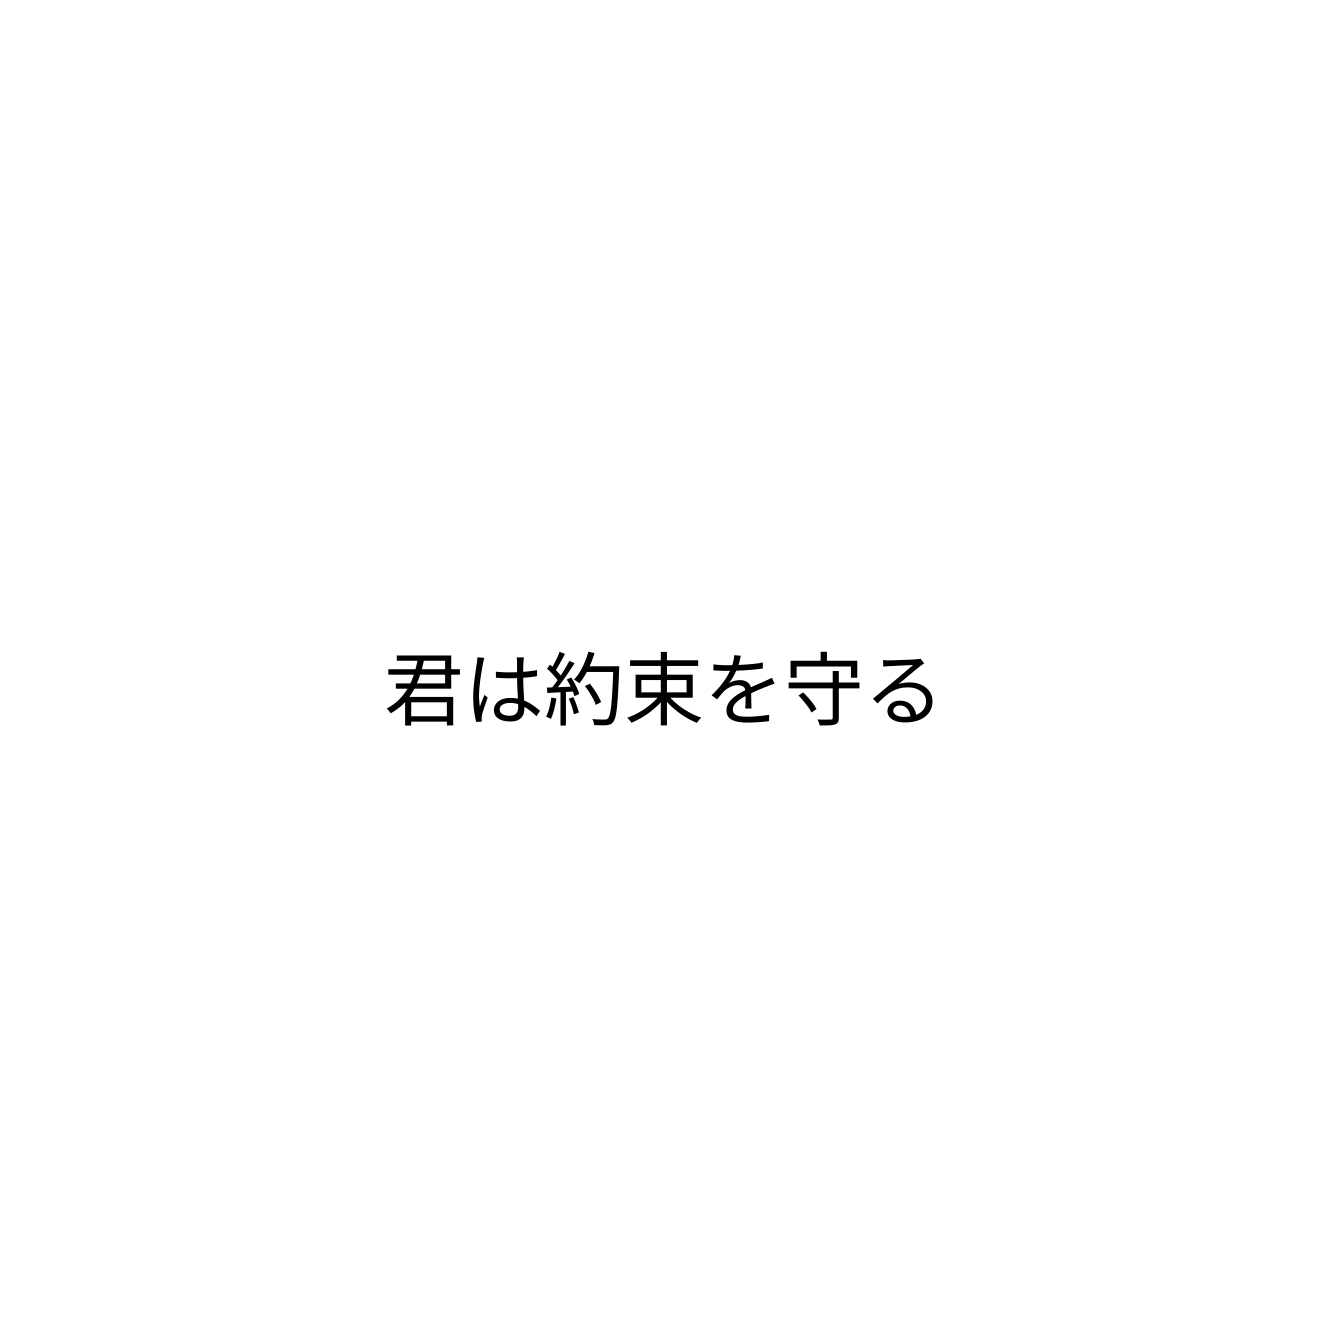
君は約束を守る